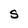
Character: S